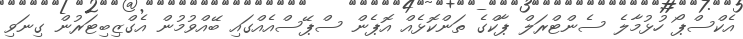
އެކްސްޕޯ ހުޅުމާލެ ސެންޓްރަލް ޕާކްގެ ތަންކޮޅެއް އޮޕެން ސްޕޭސްއެއްގައި ބޭއްވުމުން އެގްޒިބިޓަރުން ގިނަވި